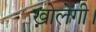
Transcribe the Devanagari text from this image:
खोलेगी।